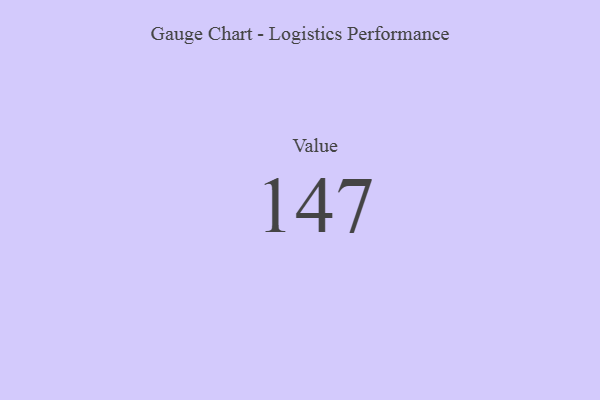
{"axis": {"x": "Metric", "y": "Value"}, "legend": [""], "data": [{"x": "Value", "y": 147, "type": ""}]}